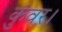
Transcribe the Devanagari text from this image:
कुंवर।